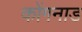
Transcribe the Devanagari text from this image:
कोंगनाड